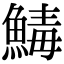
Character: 𩹝